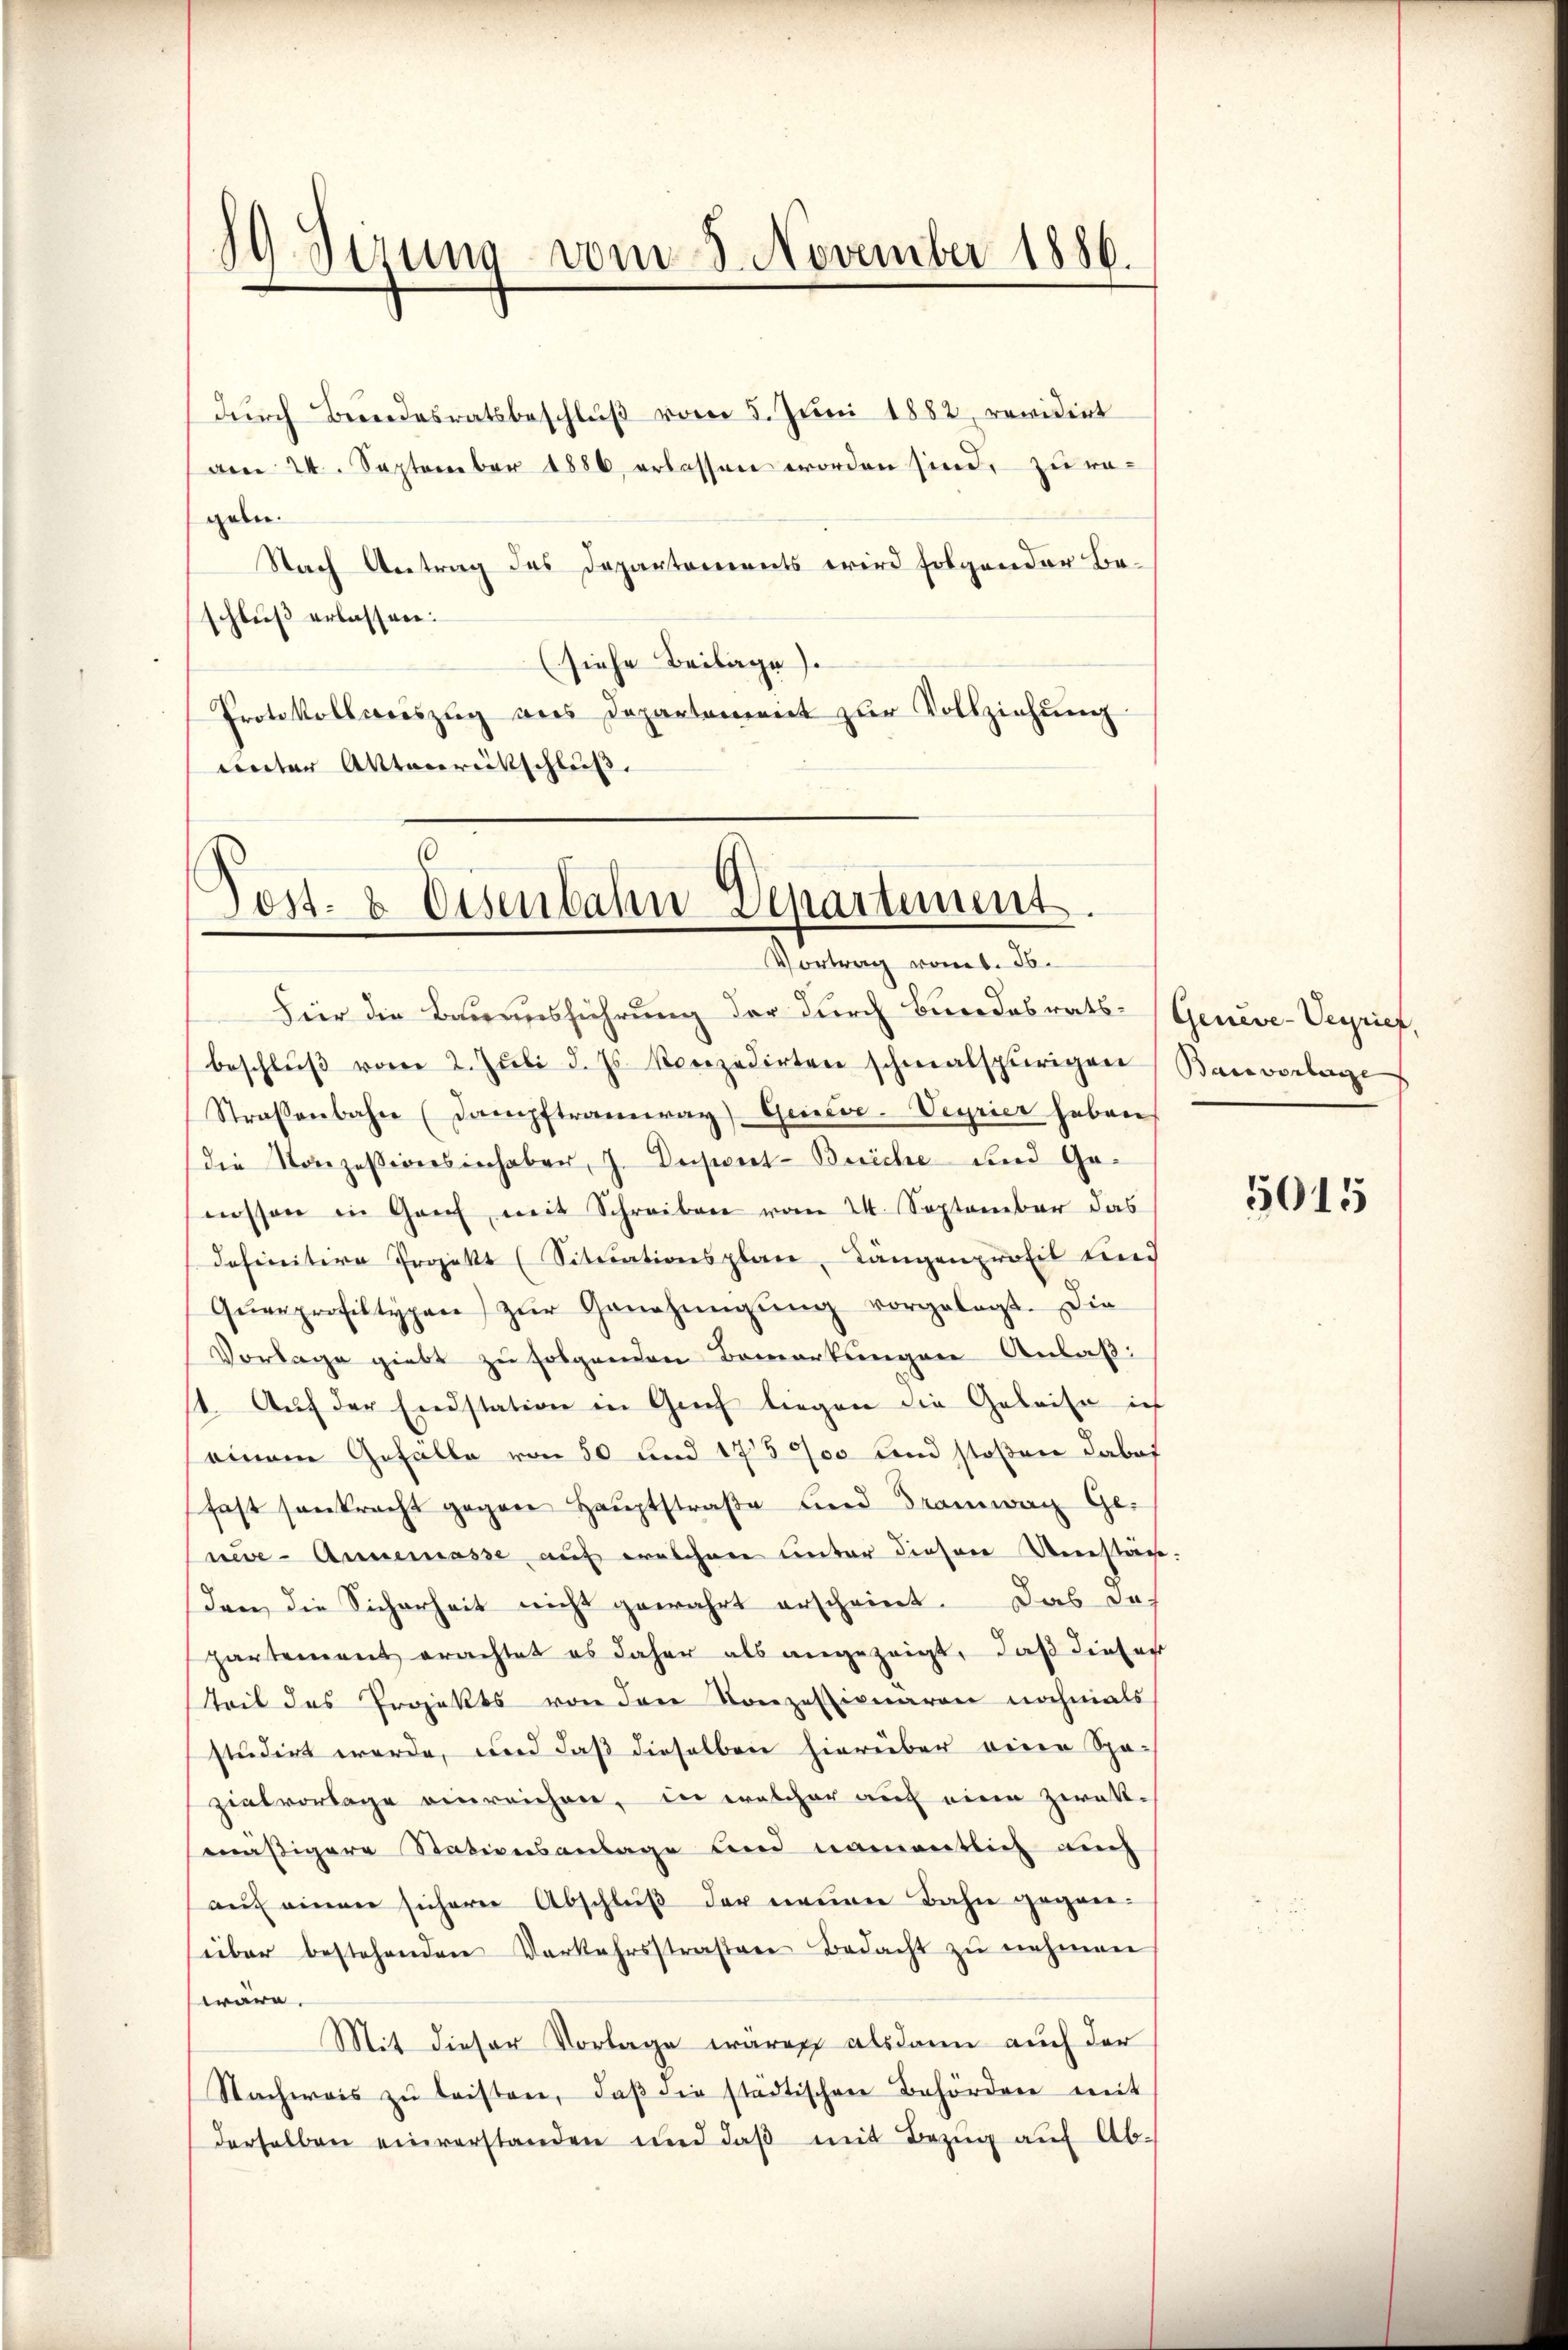
89. Gerung vom 8. November 1886.

durch Bundesratsbeschluß vom 5. Juni 1882, revident
am 24. September 1886 erlassen worden sind, zu rageln.
Nach Antrag des Departements wird folgender Beschluß erlassen:
(siehe Beilage).
Protokollsauszug aus Departement zur Vollziehung
unter Aktenrückschluß.

Post- & Eisenbahn Departement.
Vortrag vort. 36.

Fier die Bauausführung der durch Bundesrats-Geneve-Verrief,
beschlŭβ vom 2. Juli d. Js. Konzedirten schmalspurigen Bausvorlage
Straβenbahn (Dampftramway Geiseve-Veyrier haben
(die Vorezessiversinhaben, J. Decret-Beriche und Genissen in Genf mit Schreiben vom 24. September das
definitive Projekt (Situationsplan, Längenprofil und
Qŭerprofiltypen zŭr Genehmigŭng vorgelegt. Die
Vorlage giebt zu folgenden Bemerkungen Anlaß
11. Aŭf der Endstation in Grief liegen die Geleise ic
einem Gefälle von 50 und 175 000 und stoßen dabei
fast sonkrecht gegen Haŭptstraβe und Tramwar Ge-
ne - Annemasse auf welchen unter diesen Umstän
den die Sicherheit nicht gewahrt erscheint. Das das
partement erachtet es daher als angezeigt, daß dieser
teil des Projekts von den Konzessionaren nochmals
studirt werde, und daß dieselben hierüber einen Spa-
zietvorlage einreichen, in welcher auch eine zwatt-
mäßigere Stationsanlage und namentlich auch
aŭf einen sicherer Abschluß der neuen Bahn gegenüber bestehenden Verkehrsstraβen Bedacht zŭ nehmen
wäre.
Mit dieser Vorlage waren alsdann auch der
Nachweis zŭ leisten, daβ die städtischen Behörden mit
derselben einverstanden und daβ mit Bezŭg aŭf Ab-

5015